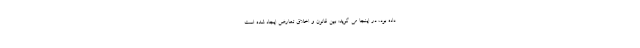
داده بود، در اینجا می گوید: بین قانون و اخلاق تعارض ایجاد شده است